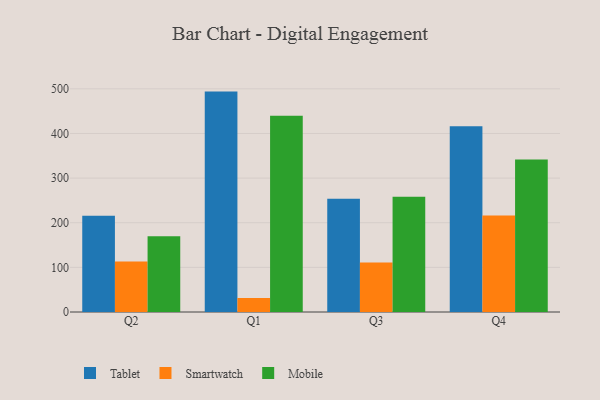
{"axis": {"x": "Quarter", "y": "Revenue (USD Million)"}, "legend": ["Mobile", "Smartwatch", "Tablet"], "data": [{"x": "Q2", "y": 215.9, "type": "Tablet"}, {"x": "Q2", "y": 112.9, "type": "Smartwatch"}, {"x": "Q2", "y": 169.7, "type": "Mobile"}, {"x": "Q1", "y": 493.8, "type": "Tablet"}, {"x": "Q1", "y": 31.6, "type": "Smartwatch"}, {"x": "Q1", "y": 439.6, "type": "Mobile"}, {"x": "Q3", "y": 254.0, "type": "Tablet"}, {"x": "Q3", "y": 111.1, "type": "Smartwatch"}, {"x": "Q3", "y": 258.3, "type": "Mobile"}, {"x": "Q4", "y": 416.1, "type": "Tablet"}, {"x": "Q4", "y": 216.2, "type": "Smartwatch"}, {"x": "Q4", "y": 341.8, "type": "Mobile"}]}